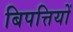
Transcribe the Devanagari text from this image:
बिपत्तियों